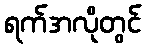
ရက်အလိုတွင်